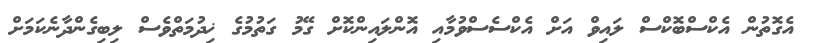
އެގޮތުން އެކްސްބޮކްސް ލައިވް އަށް އެކްސެސްވުމާއި އޮންލައިންކޮށް ގޭމު ގަތުމުގެ ޚިދުމަތްވެސް ލިބިގެންދާނެކަމަށް